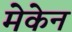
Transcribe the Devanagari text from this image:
मेकेन